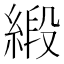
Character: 緞